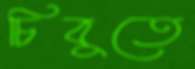
চিবুতে